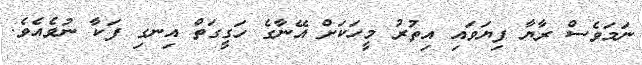
ނަމަވެސް ރާޔާ ފިޔަވައި އިތުރު މީހަކަށް އޭނާގެ ހަގީގަތް އިނގި ފަކާ ނުވެއެވެ.